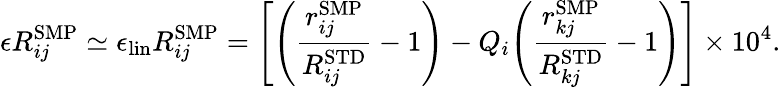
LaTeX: \epsilon R_{ij}^{\mathrm{{SMP}}}\simeq\epsilon_{\mathrm{lin}}R_{ij}^{\mathrm{SMP}}={\left[{\left(\frac{r_{ij}^{\mathrm{SMP}}}{R_{ij}^{\mathrm{{STD}}}}-1\right)}-Q_{i}{\left(\frac{r_{kj}^{\mathrm{SMP}}}{R_{kj}^{\mathrm{{STD}}}}-1\right)}\right]}\times 10^{4}.